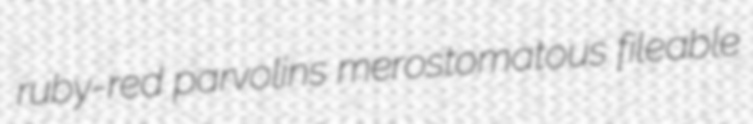
ruby-red parvolins merostomatous fileable